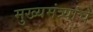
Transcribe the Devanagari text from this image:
मुख्यमंत्र्यांचे